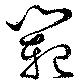
範